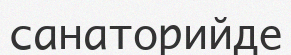
санаторийде